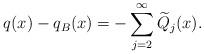
LaTeX: \begin{align*} q(x) -q_B(x) = - \sum_{j=2}^\infty \widetilde{Q}_j(x).\end{align*}